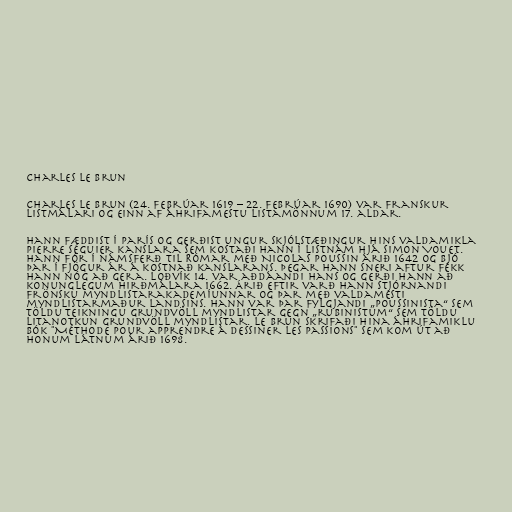
Charles Le Brun

Charles Le Brun (24. febrúar 1619 – 22. febrúar 1690) var franskur
listmálari og einn af áhrifamestu listamönnum 17. aldar.

Hann fæddist í París og gerðist ungur skjólstæðingur hins valdamikla
Pierre Séguier kanslara sem kostaði hann í listnám hjá Simon Vouet.
Hann fór í námsferð til Rómar með Nicolas Poussin árið 1642 og bjó
þar í fjögur ár á kostnað kanslarans. Þegar hann sneri aftur fékk
hann nóg að gera. Loðvík 14. var aðdáandi hans og gerði hann að
konunglegum hirðmálara 1662. Árið eftir varð hann stjórnandi
Frönsku myndlistarakademíunnar og þar með valdamesti
myndlistarmaður landsins. Hann var þar fylgjandi „poussinista“ sem
töldu teikningu grundvöll myndlistar gegn „rubinistum“ sem töldu
litanotkun grundvöll myndlistar. Le Brun skrifaði hina áhrifamiklu
bók "Méthode pour apprendre à dessiner les passions" sem kom út að
honum látnum árið 1698.